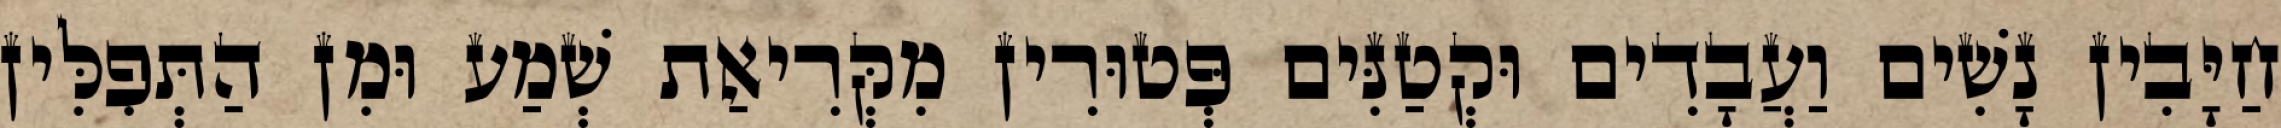
חַיָּבִין נָשִׁים וַעֲבָדִים וּקְטַנִּים פְּטוּרִין מִקְּרִיאַת שְׁמַע וּמִן הַתְּפִלִּין